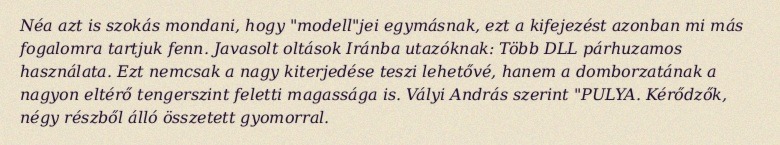
Néa azt is szokás mondani, hogy "modell"jei egymásnak, ezt a kifejezést azonban mi más fogalomra tartjuk fenn. Javasolt oltások Iránba utazóknak: Több DLL párhuzamos használata. Ezt nemcsak a nagy kiterjedése teszi lehetővé, hanem a domborzatának a nagyon eltérő tengerszint feletti magassága is. Vályi András szerint "PULYA. Kérődzők, négy részből álló összetett gyomorral.